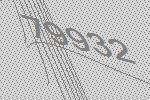
79932